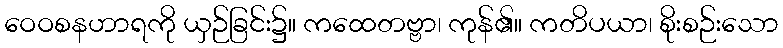
ဝေဝစနဟာရကို ယှဉ်ခြင်း၌။ ကထေတဗ္ဗာ၊ ကုန်၏။ ကတိပယာ၊ စိုးစဉ်းသော